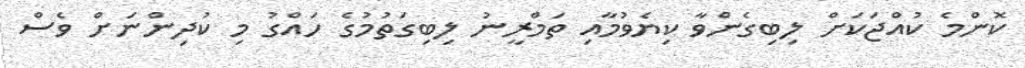
ކޮންމެ ކުއްޖަކަށް ލިބިގެންވާ ކިޔެވުމާއި ތަމްރީނު ލިބިގަތުމުގެ ހައްގު މި ކުދިންނަށް ވެސް